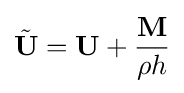
{\tilde {\mathbf {U} }}=\mathbf {U} +{\frac {\mathbf {M} }{\rho h}}